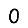
Digit: 0